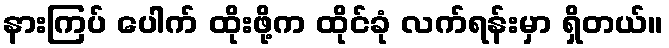
နားကြပ် ပေါက် ထိုးဖို့က ထိုင်ခုံ လက်ရန်းမှာ ရှိတယ်။